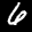
Label: 6